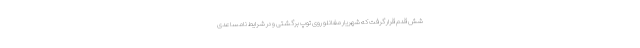
شش قدم قرار گرفت که شهریار مغانلو روی توپ برگشتی و در شرایط نامساعدی